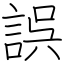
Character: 誤